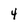
Character: 4